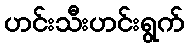
ဟင်းသီးဟင်းရွက်